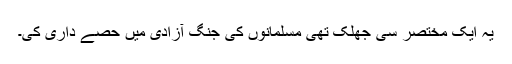
یہ ایک مختصر سی جھلک تھی مسلمانوں کی جنگ آزادی میں حصے داری کی۔